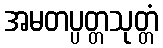
အမတပ္ပတ္တသုတ္တံ